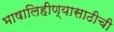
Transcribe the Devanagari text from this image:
भाषालिहीण्यासाठीची